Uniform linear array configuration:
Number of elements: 32
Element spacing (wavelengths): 0.5
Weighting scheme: hamming
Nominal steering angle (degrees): -60
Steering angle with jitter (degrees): -60.047
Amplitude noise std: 0.05
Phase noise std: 0.05

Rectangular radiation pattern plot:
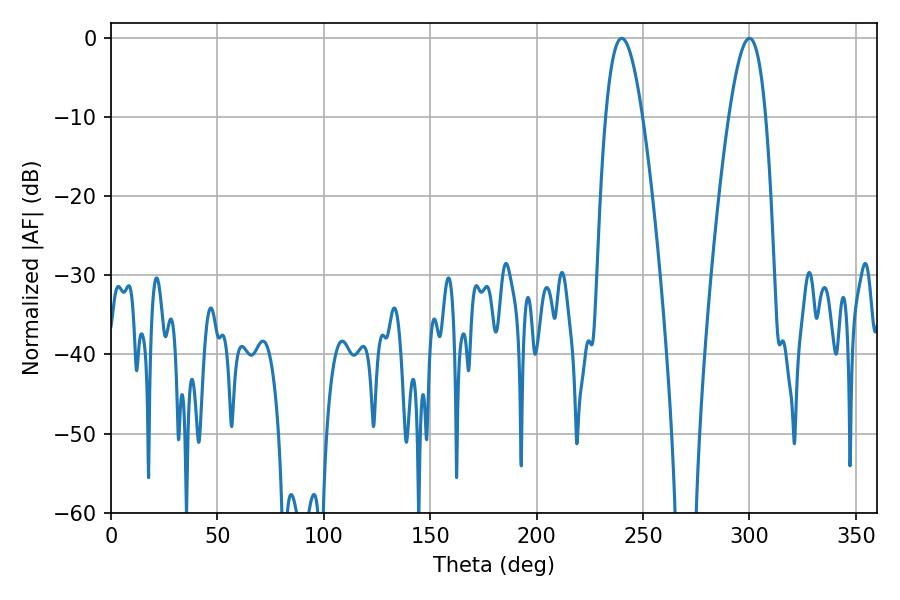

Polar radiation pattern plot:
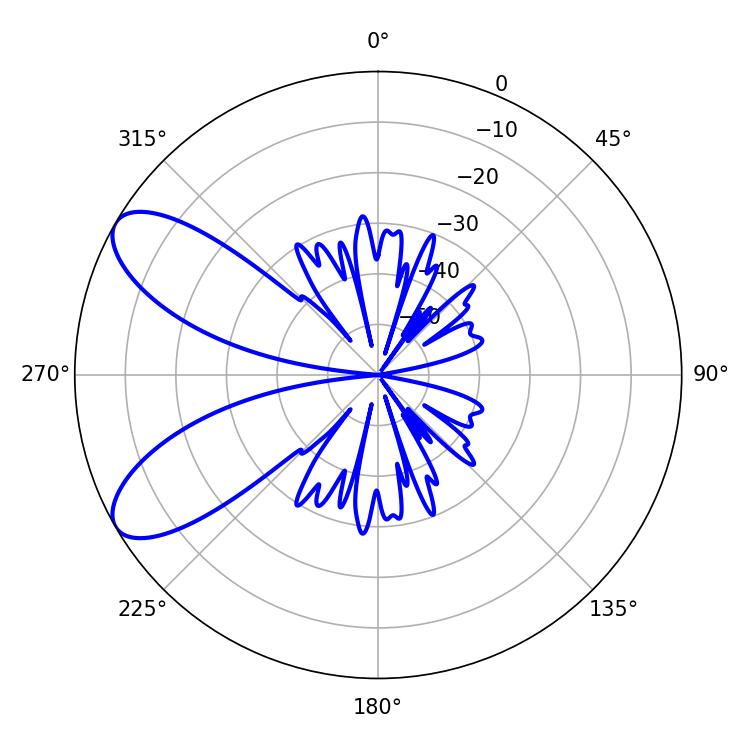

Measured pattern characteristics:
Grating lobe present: FALSE
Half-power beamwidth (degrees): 9.36
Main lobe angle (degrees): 239.94